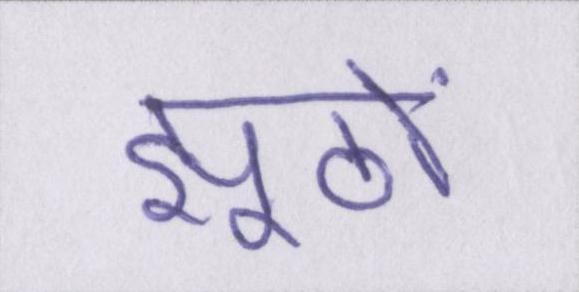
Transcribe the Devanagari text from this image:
झूठों